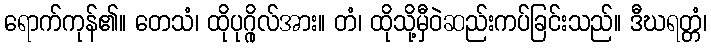
ရောက်ကုန်၏။ တေသံ၊ ထိုပုဂ္ဂိုလ်အား။ တံ၊ ထိုသို့မှီဝဲဆည်းကပ်ခြင်းသည်။ ဒီဃရတ္တံ၊